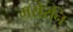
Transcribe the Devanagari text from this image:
मरोरनि